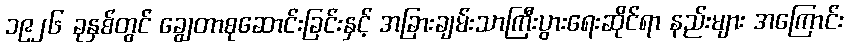
၁၉၂၆ ခုနှစ်တွင် ချွေတာစုဆောင်းခြင်းနှင့် အခြားချမ်းသာကြီးပွားရေးဆိုင်ရာ နည်းများ အကြောင်း